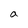
Character: a